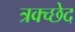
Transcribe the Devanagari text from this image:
त्रक्च्छेद